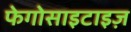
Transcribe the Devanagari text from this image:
फेगोसाइटाइज़